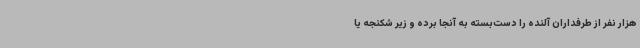
هزار نفر از طرفداران آلنده را دست‌بسته به آنجا برده و زیر شکنجه یا